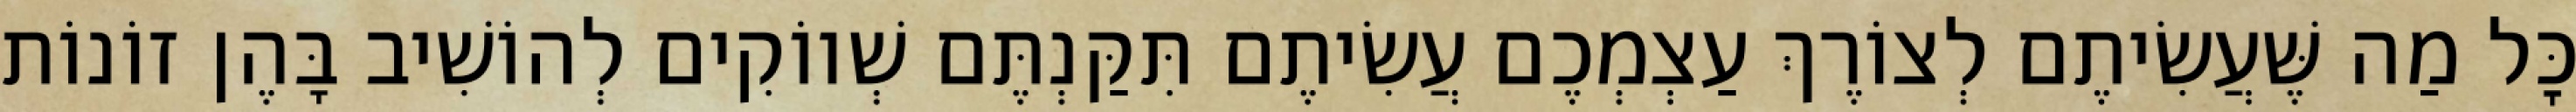
כׇּל מַה שֶּׁעֲשִׂיתֶם לְצוֹרֶךְ עַצְמְכֶם עֲשִׂיתֶם תִּקַּנְתֶּם שְׁווֹקִים לְהוֹשִׁיב בָּהֶן זוֹנוֹת